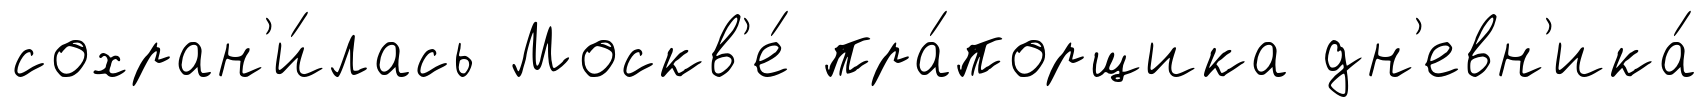
сохран'и́лась Москв'е́ пра́порщика дн'евн'ика́